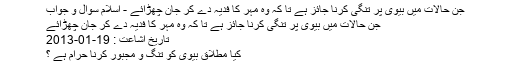
جن حالات ميں بيوى پر تنگى كرنا جائز ہے تا كہ وہ مہر كا فديہ دے كر جان چھڑائے - اسلام سوال و جواب
جن حالات ميں بيوى پر تنگى كرنا جائز ہے تا كہ وہ مہر كا فديہ دے كر جان چھڑائے
تاریخ اشاعت : 19-01-2013
كيا مطلاق بيوى كو تنگ و مجبور كرنا حرام ہے ؟